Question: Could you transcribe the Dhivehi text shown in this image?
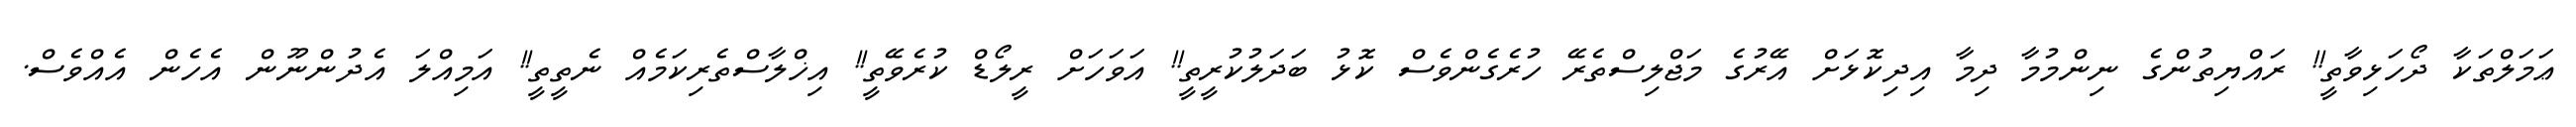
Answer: ޢަމަލްތަކާ ދޯހަޅިވާތީ!! ރައްޔިތުންގެ ނިންމުމާ ދިމާ އިދިކޮޅަށް އޭރުގެ މަޖްލިސްތެރޭ ހުރެގެންވެސް ކޮޅު ބަދަލުކުރީތީ!! އަވަހަށް ރީލޯޑް ކުރެވޭތީ!! އިޚްލާސްތެރިކަމެއް ނެތީތީ!! އަމިއްލަ އެދުންނޫން އެހެން އެއްވެސް.